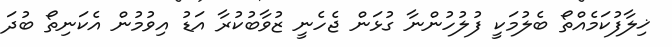
ޚިލާފުކަމެއްތޯ ބެލުމަކީ ފުލުހުންނާ ގުޅަން ޖެހެނީ ޒުވާބުކުރާ އަޑު އިވުމުން އެކަނިތޯ ބުދަ